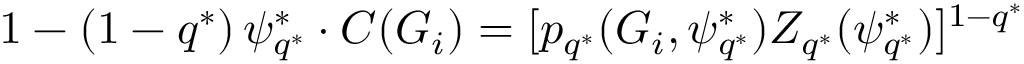
1 - ( 1 - q ^ { * } ) \, \psi _ { q ^ { * } } ^ { * } \cdot C ( G _ { i } ) = [ p _ { q ^ { * } } ( G _ { i } , \psi _ { q ^ { * } } ^ { * } ) Z _ { q ^ { * } } ( \psi _ { q ^ { * } } ^ { * } ) ] ^ { 1 - q ^ { * } }